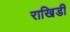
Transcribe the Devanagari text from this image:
राखिडी